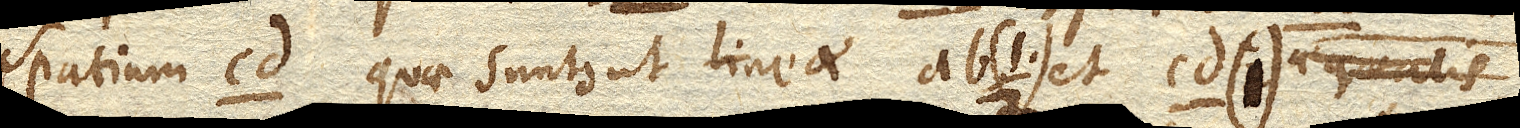
spatium cd. quae sunt, ut lineae ab. et cd. (1) aequalis